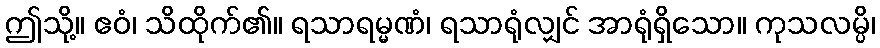
ဤသို့။ ဧဝံ၊ သိထိုက်၏။ ရသာရမ္မဏံ၊ ရသာရုံလျှင် အာရုံရှိသော။ ကုသလမ္ပိ၊